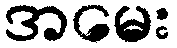
အမေး